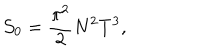
{ \cal S } _ { 0 } = \frac { \pi ^ { 2 } } { 2 } N ^ { 2 } T ^ { 3 } ,